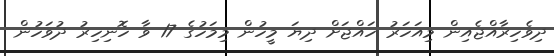
ދިވެހިރާއްޖެއިން މިއަހަަރު ހައްޖަށް ދިޔަ މީހުން މިމަހުގެ 17 ވާ ހޮނިހިރު ދުވަހުން